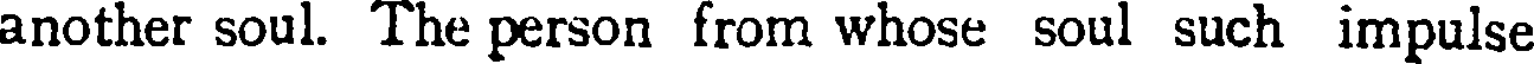
another soul. The person from whose soul such impulse